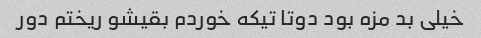
خیلی بد مزه بود دوتا تیکه خوردم بقیشو ریختم دور